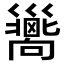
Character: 𢀉